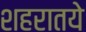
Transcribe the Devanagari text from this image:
शहरातये